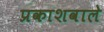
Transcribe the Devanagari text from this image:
प्रकाशवाले